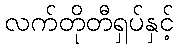
လက်တိုတီရှပ်နှင့်